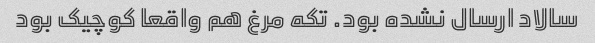
سالاد ارسال نشده بود. تکه مرغ هم واقعا کوچیک بود